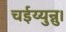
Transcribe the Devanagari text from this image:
चईय्युन्नु।